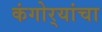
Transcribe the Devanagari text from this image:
कंगोर्‍यांचा